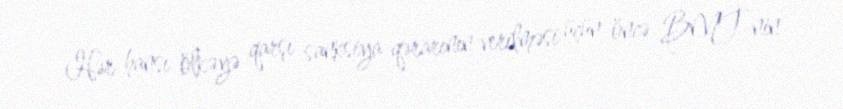
Hər hansı ölkəyə qarşı sanksiya qərarının verilməsi üçün öncə BMT-nin